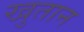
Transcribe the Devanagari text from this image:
खुतान